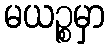
မယဉ္စမှာ